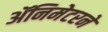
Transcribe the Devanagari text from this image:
ॲनिमेटरने